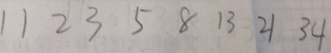
1 1 2 3 5 8 1 3 2 1 3 4